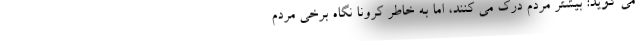
می گوید: بیشتر مردم درک می کنند، اما به خاطر کرونا نگاه برخی مردم